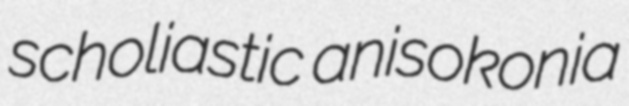
scholiastic anisokonia